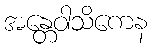
အန္တေဝါသိကေန